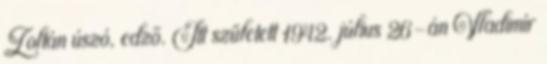
Zoltán úszó, edző. Itt született 1942. július 26-án Vladimír